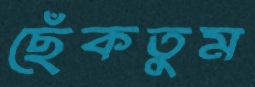
ছেঁকতুম